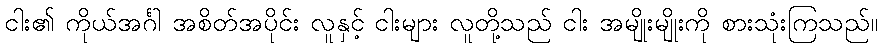
ငါး၏ ကိုယ်အင်္ဂါ အစိတ်အပိုင်း လူနှင့် ငါးများ လူတို့သည် ငါး အမျိုးမျိုးကို စားသုံးကြသည်။